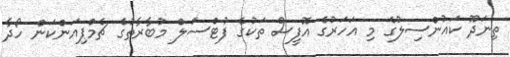
ތިނަދޫ ކައުންސިލުގެ މި އަހަރުގެ އޮފީސް ތަކުގެ ފުޓްސަލް މުބާރާތުގެ ޗެމްޕިއަންކަން ހޯދާ